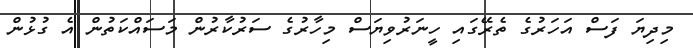
މިދިޔަ ފަސް އަހަރުގެ ތެރޭގައި ހީނަރުވިޔަސް މިހާރުގެ ސަރުކާރުން މަސައްކަތުން އެ ގުޅުން